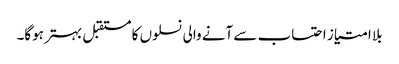
بلا امتیاز احتساب سے آنے والی نسلوں کا مستقبل بہتر ہوگا۔